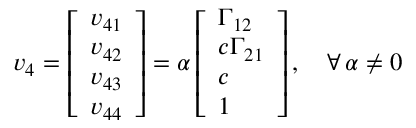
\boldsymbol { v } _ { 4 } = \left[ \begin{array} { l } { v _ { 4 1 } } \\ { v _ { 4 2 } } \\ { v _ { 4 3 } } \\ { v _ { 4 4 } } \end{array} \right] = \alpha \left[ \begin{array} { l } { \Gamma _ { 1 2 } } \\ { c \Gamma _ { 2 1 } } \\ { c } \\ { 1 } \end{array} \right] , \quad \forall \, \alpha \neq 0